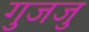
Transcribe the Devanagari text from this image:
गुजजु